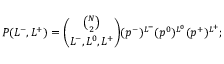
P ( L ^ { - } , L ^ { + } ) = \binom { \binom { N } { 2 } } { L ^ { - } , L ^ { 0 } , L ^ { + } } ( p ^ { - } ) ^ { L ^ { - } } ( p ^ { 0 } ) ^ { L ^ { 0 } } ( p ^ { + } ) ^ { L ^ { + } } ;